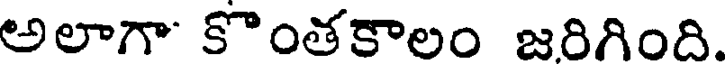
అలాగా కొంతకాలం జరిగింది.